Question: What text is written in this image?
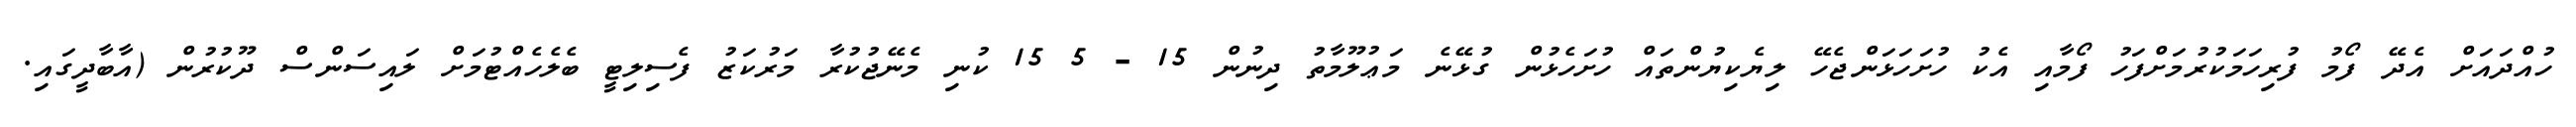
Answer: ހުއްދައަށް އެދޭ ފޯމު ފުރިހަމަކުރުމަށްފަހު ފޯމާއި އެކު ހުށަހަޅަންޖެހޭ ލިޔެކިޔުންތައް ހުށަހެޅުން ގުޅޭނެ މަޢުލޫމާތު ދިނުން 15 - 5 15 ކުނި މެނޭޖުކުރާ މަރުކަޒު ފެސިލިޓީ ބެލެހެއްޓުމަށް ލައިސަންސް ދޫކުރުން (އާބާދީގައި.